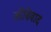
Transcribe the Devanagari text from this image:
जीविवाद